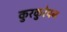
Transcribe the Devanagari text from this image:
कुरकुरेपन